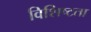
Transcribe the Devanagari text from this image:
विशिष्‍टता